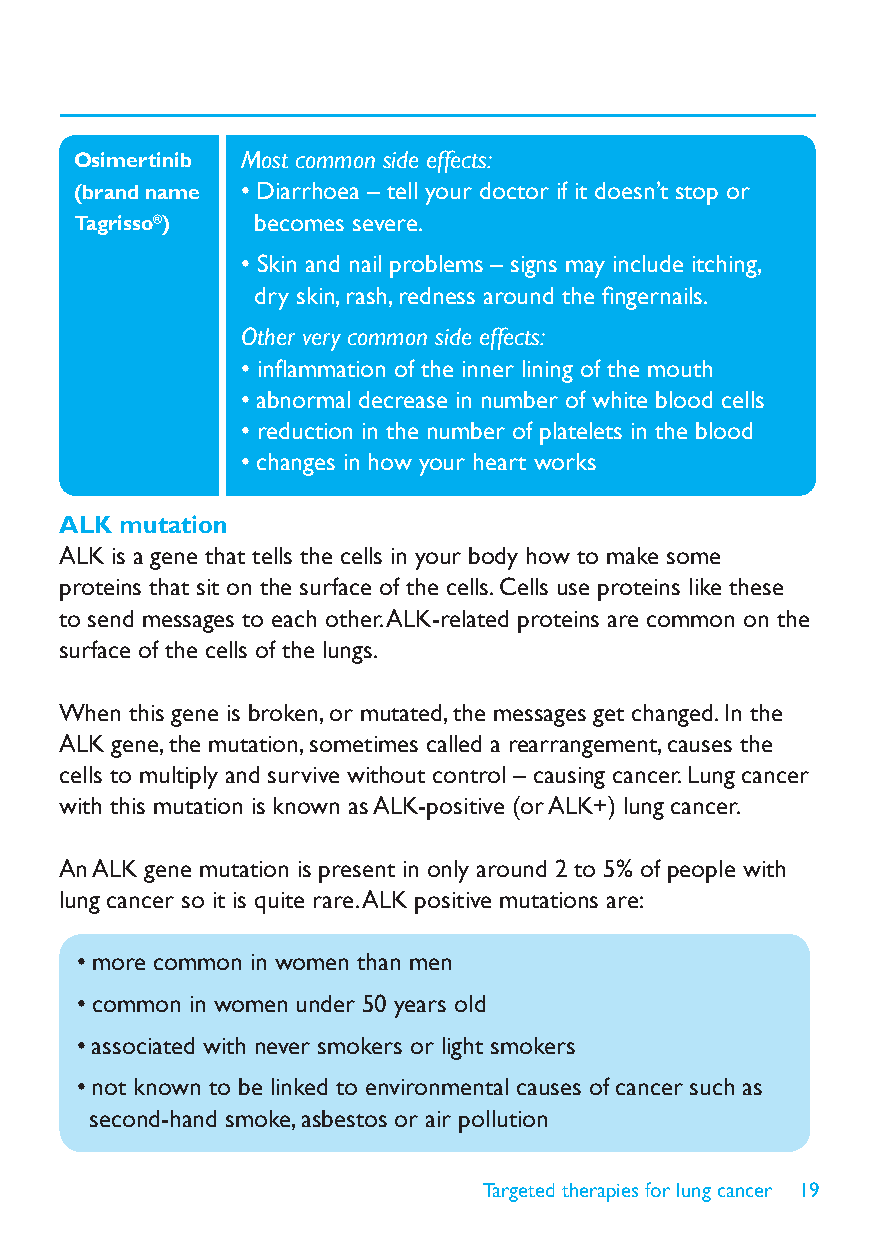
Osimertinib Most common side effects:
 (brand name • Diarrhoea – tell your doctor if it doesn’t stop or
 Tagrisso®)  becomes severe.
 • Skin and nail problems – signs may include itching,
 dry skin, rash, redness around the fi ngernails.
 Other very common side effects:
 • infl ammation of the inner lining of the mouth
 • abnormal decrease in number of white blood cells
 • reduction in the number of platelets in the blood
 • changes in how your heart works
 ALK mutation
 ALK is a gene that tells the cells in your body how to make some
 proteins that sit on the surface of the cells. Cells use proteins like these
 to send messages to each other. ALK-related proteins are common on the
 surface of the cells of the lungs.
 When this gene is broken, or mutated, the messages get changed. In the
 ALK gene, the mutation, sometimes called a rearrangement, causes the
 cells to multiply and survive without control – causing cancer. Lung cancer
 with this mutation is known as ALK-positive (or ALK+) lung cancer.
 An ALK gene mutation is present in only around 2 to 5% of people with
 lung cancer so it is quite rare. ALK positive mutations are:
 • more common in women than men
 • common in women under 50 years old
 • associated with never smokers or light smokers
 • not known to be linked to environmental causes of cancer such as
 second-hand smoke, asbestos or air pollution
 Targeted therapies for lung cancer 19